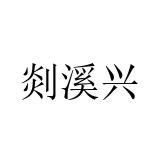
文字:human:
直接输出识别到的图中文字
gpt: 剡溪兴